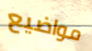
مواضيع